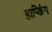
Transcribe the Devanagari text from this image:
हाप्किंग